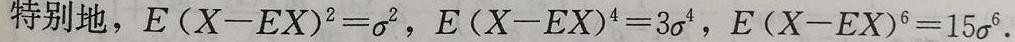
特别地，$E(X - EX)^2 = \sigma^2$，$E(X - EX)^4 = 3\sigma^4$，$E(X - EX)^6 = 15\sigma^6$.